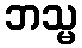
ဘသ္မ